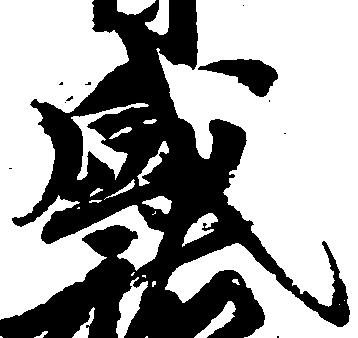
盛